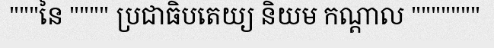
"""នៃ """" ប្រជាធិបតេយ្យ និយម កណ្តាល """""""